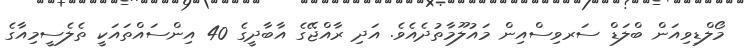
މޯލްޑިވިއަން ބްލަޑް ސަރވިސްއިން މައުލޫމާތުދެއެވެ. އަދި ރާއްޖޭގެ އާބާދީގެ 40 އިންސައްތައަކީ ތެލެސީމިއާގެ